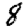
Digit: 8